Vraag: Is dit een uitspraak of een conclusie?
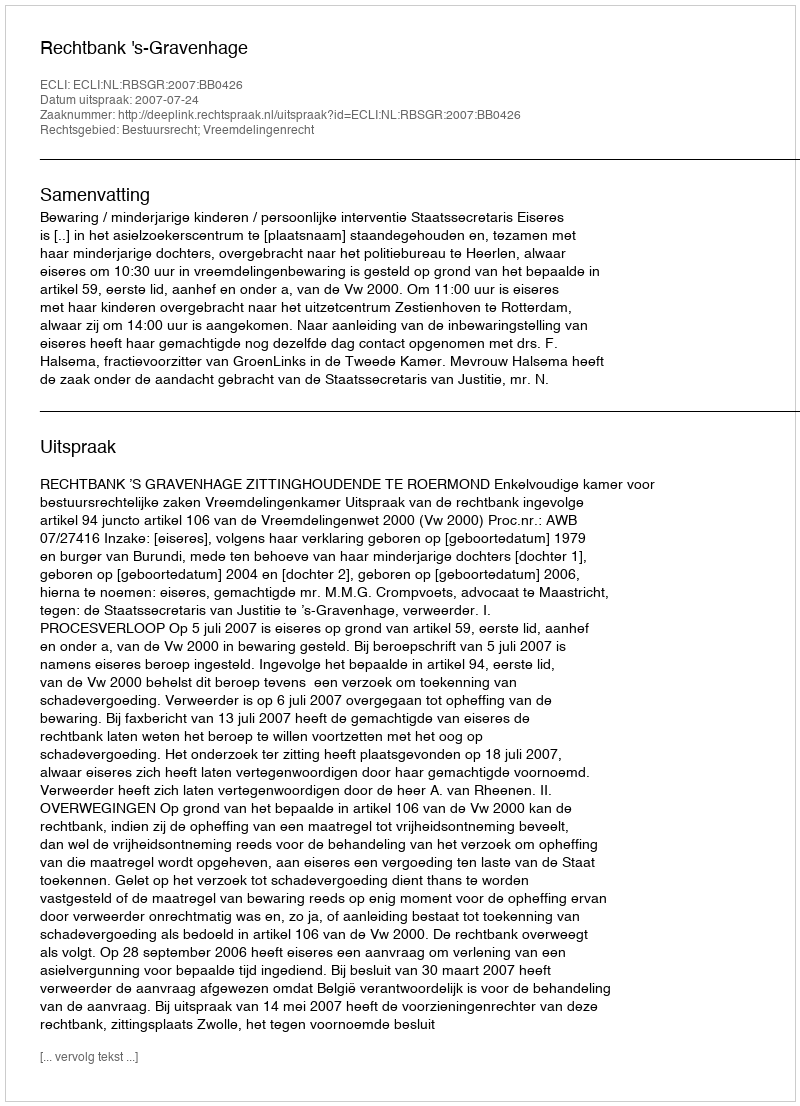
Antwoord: Uitspraak